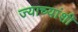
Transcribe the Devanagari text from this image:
ज्याच्यांशी